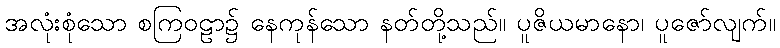
အလုံးစုံသော စကြဝဠာ၌ နေကုန်သော နတ်တို့သည်။ ပူဇိယမာနော၊ ပူဇော်လျက်။